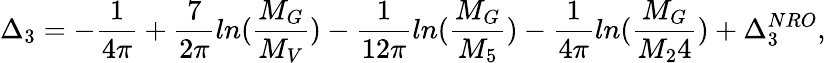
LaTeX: \Delta_{3}=-\frac{1}{4\pi}+\frac{7}{2\pi}ln(\frac{M_{G}}{M_{V}})-\frac{1}{12\pi}ln(\frac{M_{G}}{M_{5}})-\frac{1}{4\pi}ln(\frac{M_{G}}{M_{2}4})+\Delta_{3}^{NRO},